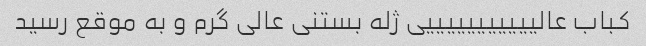
کباب عالیییییییییییی ژله بستنی عالی گرم و به موقع رسید